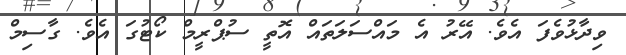
ވިދާޅުވެފަ އެވެ. އޭރު އެ މައްސަލަތައް އޮތީ ސުޕްރީމް ކޯޓުގަ އެވެ. ގާސިމް